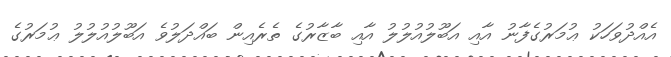
އެއްދުވަހަކު ޢުމަރުގެފާނު އާއި އަބޫލުއުލުލު އާއި ބާޒާރުގެ ތެރެއިން ބައްދަލުވެ އަބޫލުއުލުލު ޢުމަރުގެ